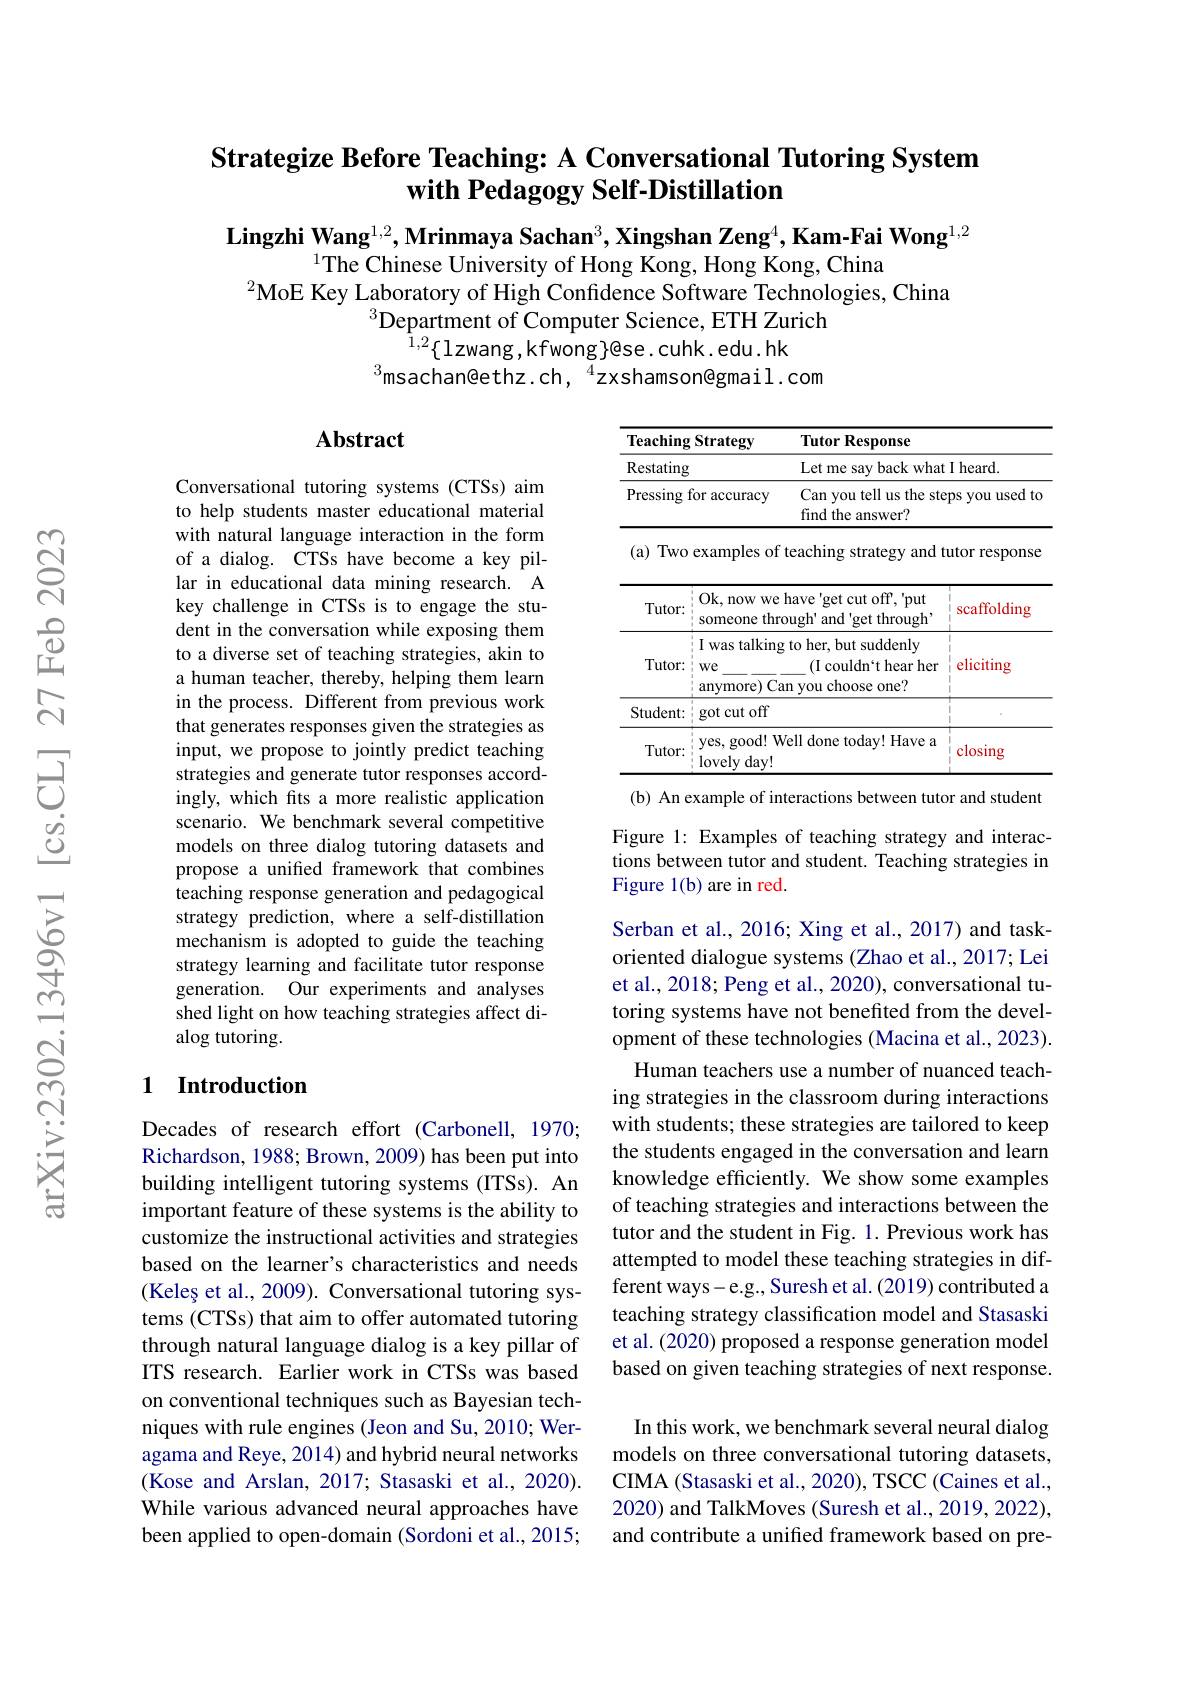
## Strategize Before Teaching: A Conversational Tutoring System with Pedagogy Self-Distillation

Lingzhi Wang$^{1,2},\textbf{Mrinmaya Sachan}^3,\textbf{Xingshan Zeng}^4,\textbf{Kam-Fai Wong}^{1,2}$
$^{1}$The Chinese University of Hong Kong, Hong Kong, China
$^2$MoE Key Laboratory of High Confidence Software Technologies, China
$^{3}$Department of Computer Science, ETH Zurich
$^{1,2}\{$lzwang,kfwong$\}$@se.cuhk.edu.hk
$^{3}$msachan@ethz.ch,$^{4}$zxshamson@gmail.com

### $\mathbf{Abstract}$

<table>
	<tbody>
		<tr>
			<th>Teaching</th>
			<th>Strategy Tutc</th>
			<th colspan="2">Tutor Response</th>
		</tr>
		<tr>
			<td>Restating</td>
			<td>$Let1$</td>
			<td colspan="2">Let me say back what I heard.</td>
		</tr>
		<tr>
			<td>Pressing</td>
			<td>or accuracy Can find</td>
			<td>Can you tell us the ste find the answer?</td>
			<td>ps you used ltc</td>
		</tr>
		<tr>
			<td>(a) Two</td>
			<td>examples of teachin</td>
			<td>teaching strategy and</td>
			<td>utor response</td>
		</tr>
		<tr>
			<td>Tutor:</td>
			<td>Ok, now we have someone through' 2</td>
			<td>have 'get cut off, 'put $ough'$ and 'get through</td>
			<td>scaffolding</td>
		</tr>
		<tr>
			<td>Tutor:</td>
			<td>T was talking to her, $We$ $\frac{1}{2}=\frac{1}{2}=\frac{1}{2}$ anymore) Can 1 1 1 you </td>
			<td>to her, but suddenly (I couldn`t hear her an you choose one?</td>
			<td>eliciting</td>
		</tr>
		<tr>
			<td>Student:</td>
			<td>got cut off</td>
			<td> </td>
			<td>1 i</td>
		</tr>
		<tr>
			<td>Tutor:</td>
			<td>yes, good! Well don lovely day! </td>
			<td>Vell done today! Have a</td>
			<td>closing</td>
		</tr>
	</tbody>
</table>
(b) An example of interactions between tutor and student

Conversational tutoring systems (CTSs) aim to help students master educational material with natural language interaction in the form of a dialog. CTSs have become a key pillar in educational data mining research. A key challenge in CTSs is to engage the student in the conversation while exposing them to a diverse set of teaching strategies, akin to a human teacher, thereby, helping them learn in the process. Different from previous work that generates responses given the strategies as input, we propose to jointly predict teaching strategies and generate tutor responses accordingly, which fits a more realistic application scenario. We benchmark several competitive models on three dialog tutoring datasets and propose a unified framework that combines teaching response generation and pedagogical strategy prediction, where a self-distillation mechanism is adopted to guide the teaching strategy learning and facilitate tutor response generation. Our experiments and analyses shed light on how teaching strategies affect dialog tutoring.

Figure 1: Examples of teaching strategy and interactions between tutor and student. Teaching strategies in Figure 1(b) are in red.

### 1 Introduction

Serban et al., 2016; Xing et al., 2017) and taskoriented dialogue systems (Zhao et al., 2017; Lei et al., 2018; Peng et al., 2020), conversational tutoring systems have not benefited from the development of these technologies (Macina et al.,2023).
Human teachers use a number of nuanced teaching strategies in the classroom during interactions with students; these strategies are tailored to keep the students engaged in the conversation and learn knowledge efficiently. We show some examples of teaching strategies and interactions between the tutor and the student in Fig. 1. Previous work has attempted to model these teaching strategies in different ways-e.g., Suresh et al. (2019) contributed a teaching strategy classification model and Stasaski et al. (2020) proposed a response generation model based on given teaching strategies of next response.
In this work, we benchmark several neural dialog models on three conversational tutoring datasets, CIMA (Stasaski et al., 2020), TSCC (Caines et al., 2020) and TalkMoves (Suresh et al., 2019, 2022),

Decades of research effort (Carbonell, 1970; Richardson, 1988; Brown, 2009) has been put into building intelligent tutoring systems (ITSs). An important feature of these systems is the ability to customize the instructional activities and strategies based on the learner's characteristics and needs (Keleș et al., 2009). Conversational tutoring systems (CTSs) that aim to offer automated tutoring through natural language dialog is a key pillar of ITS research. Earlier work in CTSs was based on conventional techniques such as Bayesian techniques with rule engines (Jeon and Su, 2010; Weragama and Reye, 2014) and hybrid neural networks (Kose and Arslan, 2017; Stasaski et al., 2020). While various advanced neural approaches have been applied to open-domain (Sordoni et al., 2015;

and contribute a unified framework based on pre-